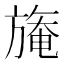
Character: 𣄑